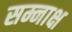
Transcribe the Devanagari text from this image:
सम्नाक्ष